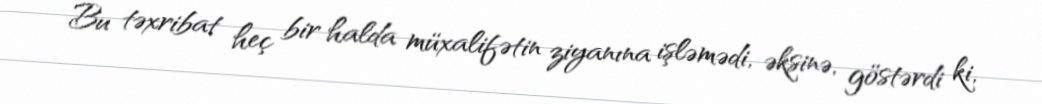
Bu təxribat heç bir halda müxalifətin ziyanına işləmədi, əksinə, göstərdi ki,